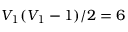
V _ { 1 } ( V _ { 1 } - 1 ) / 2 = 6